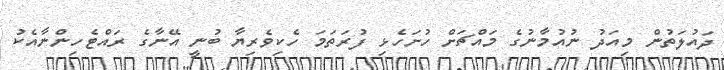
ދައުލަތުން މިއަދު ނުއުމާނުގެ މައްޗަށް ހުށަހެޅި ފުރަތަމަ ހެކިވެރިޔާ ބުނީ އޭނާގެ ރައްޓެހިންނާއެކު